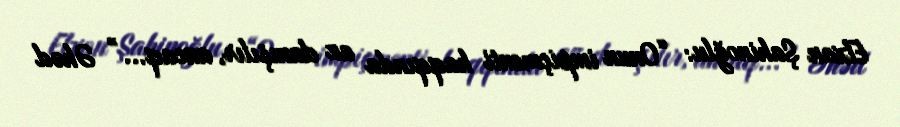
Elxan Şahinoğlu: “Onun impiçmenti haqqında az danışılır, ancaq...” Əhəd